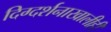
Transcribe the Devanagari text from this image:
दिग्दर्शनाखालीही